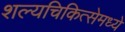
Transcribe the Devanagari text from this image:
शल्यचिकित्सेमध्ये